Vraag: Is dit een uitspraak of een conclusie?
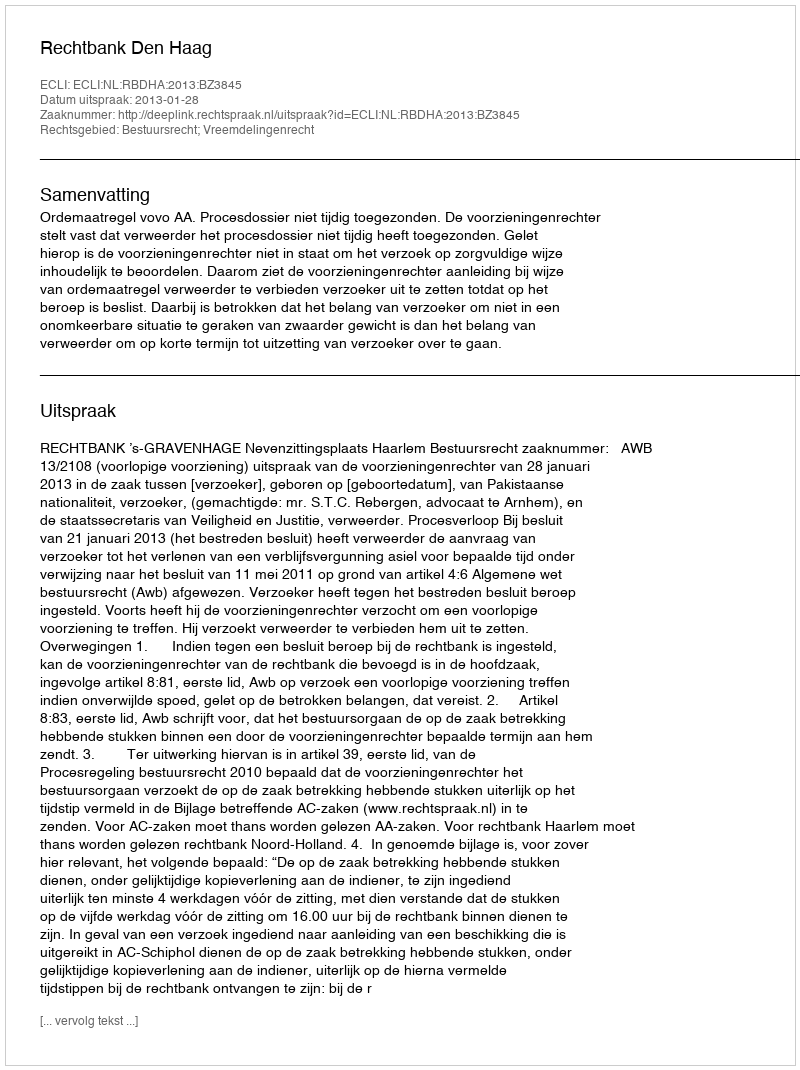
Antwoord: Uitspraak